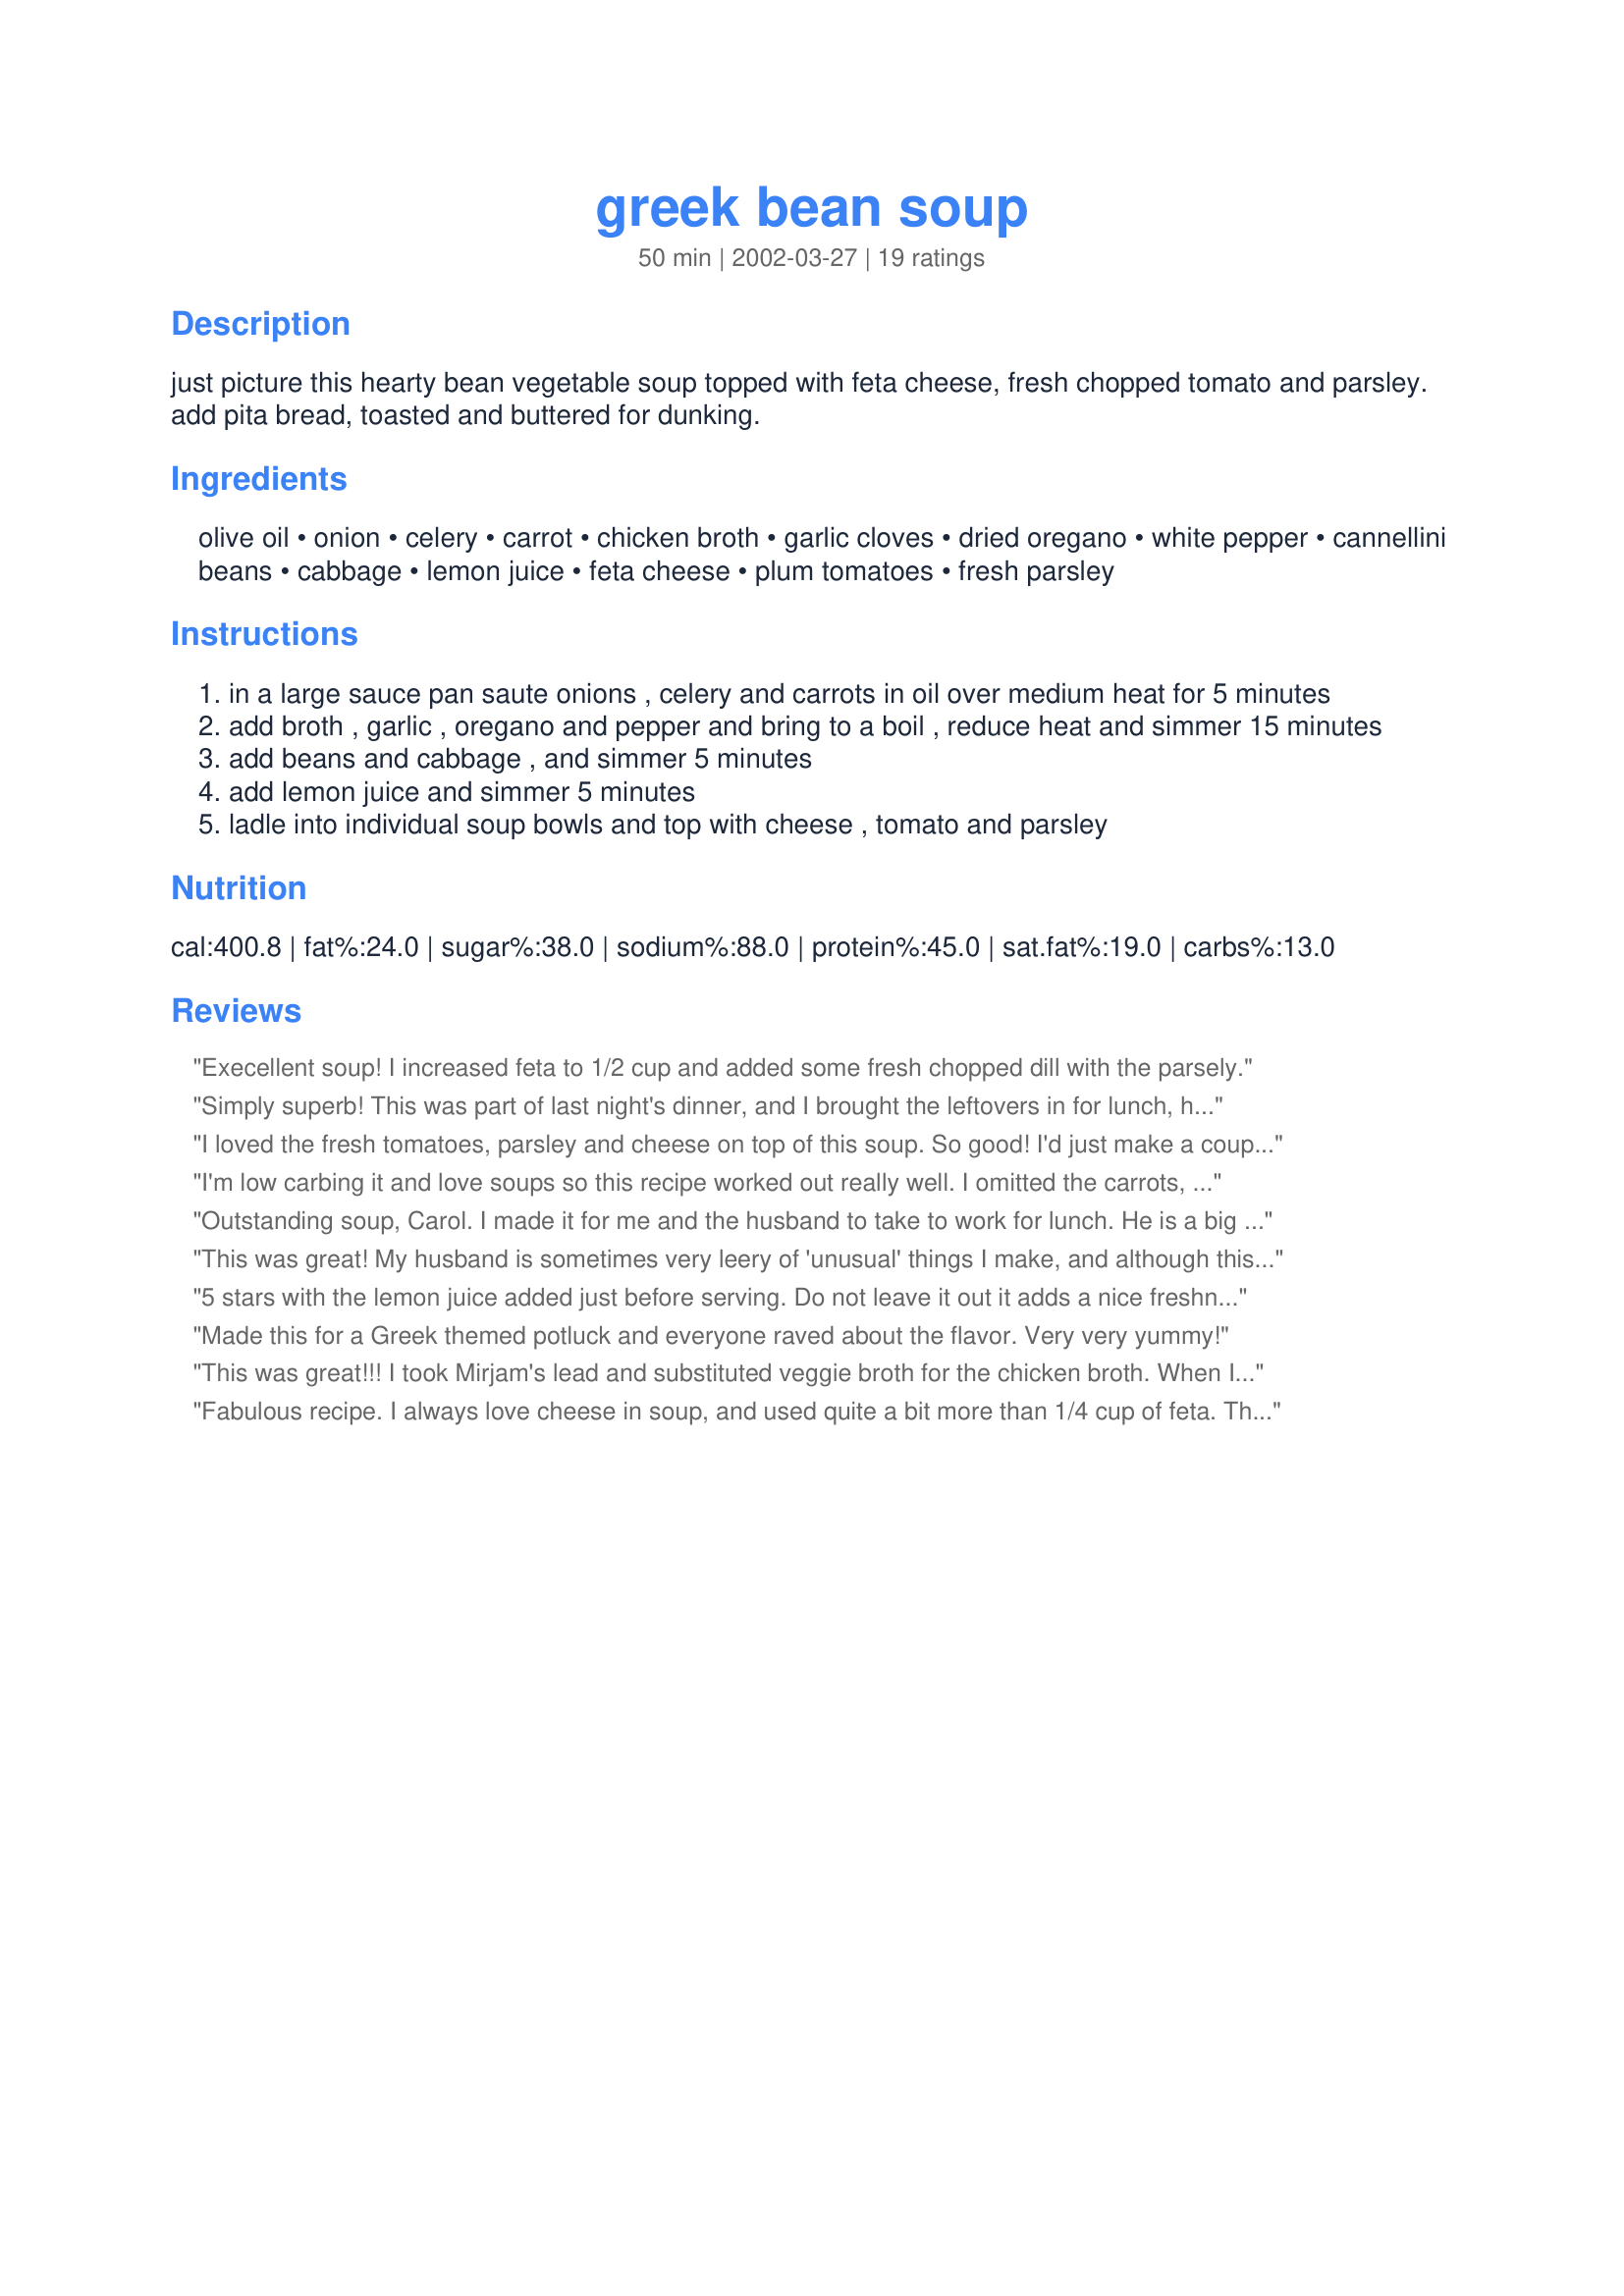
greek bean soup
Preparation time: 50 minutes

just picture this hearty bean vegetable soup topped with feta cheese, fresh chopped tomato and parsley. add pita bread, toasted and buttered for dunking.

Ingredients:
olive oil, onion, celery, carrot, chicken broth, garlic cloves, dried oregano, white pepper, cannellini beans, cabbage, lemon juice, feta cheese, plum tomatoes, fresh parsley

Steps:
in a large sauce pan saute onions , celery and carrots in oil over medium heat for 5 minutes
add broth , garlic , oregano and pepper and bring to a boil , reduce heat and simmer 15 minutes
add beans and cabbage , and simmer 5 minutes
add lemon juice and simmer 5 minutes
ladle into individual soup bowls and top with cheese , tomato and parsley

Reviews:
Execellent soup! I increased feta to 1/2 cup and added some fresh chopped dill with the parsely.
Simply superb! This was part of last night's dinner, and I brought the leftovers in for lunch, had to beat my co-workers off with a stick! I subbed veggie broth for the chicken broth to make it vegetarian, and added double the amount of feta cheese (the recipe calls for 1/4 for 4 people, I upped it to 1/2 a cup). Thanks Lorac, this a new one for my repetoire!
I loved the fresh tomatoes, parsley and cheese on top of this soup. So good! I'd just make a couple changes to the dish next time. I think I'd use two types of beans for a bit of variety, I might use a touch less broth as I found the soup slightly too thin for my taste and I would add the lemon juice right at the end. Otherwise you lose the flavour. Still, these are minor changes and overall the soup was very good on a cool autumn day. Thanks for posting it!
I'm low carbing it and love soups so this recipe worked out really well. I omitted the carrots, used 1 can great northern beans and 1 can light red kidney beans. I didn't have fresh tomato so I added, in step #3, 1 14oz can of diced tomatoes, drained. I topped with feta and parmesan, though I forgot the fresh parsley, which I even bought for this recipe. I ate this with some whole grain crackers. Thanks for posting, Lorac; this soup is really good!
Outstanding soup, Carol. I made it for me and the husband to take to work for lunch. He is a big fan of your recipes by the way. ;)
The seasonings were perfect and in good proportion. I would change absolutely nothing about this recipe. Very hearty, healthy, and filling. Thanks.
This was great! My husband is sometimes very leery of 'unusual' things I make, and although this is unique (not unusual) he LOVED it and thought it was great!
I also used the vegetable stock as an alternative.
Superb!
5 stars with the lemon juice added just before serving. Do not leave it out it adds a nice freshness. I substituted a lot in this because I was using what I had on hand. I had pre-cooked small red beans the day before so that is what I used. Next time I want to try white beans as I think it will be even better with them. I didn't have any cabbage and I had some cauliflour so I used that but next time I will use cabbage. I replaced the dried oregano with marjoram as I have read that is a substitute for oregano and I didn't have any. I used freshly ground black pepper instead of white. I mixed in a 1/2 cup homemade tomato sauce which did have some additional garlic (I saw Recipe #10885 uses sauce). I added a couple extra tbs olive oil. and garnished with fresh parsley. I would make this again.
Made this for a Greek themed potluck and everyone raved about the flavor. Very very yummy!
This was great!!! I took Mirjam's lead and substituted veggie broth for the chicken broth. When I ran out of feta cheese [the next day], I substituted parmesean, and it was equally as wonderful!! Thank you for an easy, quick, nutritious and delicious soup, it really hit the spot!!!
Fabulous recipe. I always love cheese in soup, and used quite a bit more than 1/4 cup of feta. The tomatoes and parsley add a nice, fresh taste. Thanks for posting.
This couldn't be better. I didn't make a single change and it came out perfectly.
AAAAAAHHHHHHHHH is all I can say with a big smile. This is a comforting soup and tastes delicious! My DH thoroughly enjoyed this and gave it 2 thumbs up! Then he smiled and said, "new recipe again." As it is lent I had to leave out the feta but after lent will make again just to get the full effect. It is fabulous without so I am drooling to taste with the feta. I took some into work as well and my co-workers asked for the recipe. I had already printed it out so several copies were passed along. DELICIOUS and thank you! (PS= great weight watchers soup/meal)
We loved it. Although I left out the lemon juice and feta. I added a pkg. of smoked swiss/cheddar cheese to it, and served with pita chips. VERY good, and will make again.
This was soooooooooooo good!!! Filling and it was only veggies! My DH thought he was eating greek chicken with how good the flavor was. I used veggie broth instead of chicken. I did up the amount of veggies and we don't like cabbage but I am so glad we added it in. It was the best veggie in the soup. So filling. Great for a cold winter night. The lemon added a brightness and I loved the feta in there. My picky 5 yr old asked for seconds and drank her bowl clean. We will so be making this again!! Thanks for an awesome recipe!!!!!
This is quite good! Makes a lot, but we didn't mind that! Needs a lot of tomato, parsley and feta to wake it up and next time I would add salt during cooking, despite the feta finish. Thanks for a healthy, hearty option!
This soup is no less than stunning-beautiful taste and presentation-My DH and I could not stop eating and raving, eating and raving-this will become a special staple, as it is simple for a weeknight AND company worthy. Thank you so much!
Can&#039;t wait to have this again. I made the soup as listed (cannellini beans) and served with toasted whole wheat pita and butter as suggested. They paired very well. This has such a strong lemon flavor. I thought it was perfect. My children thought it was too much lemon. Next time half the lemon will go in the soup and the other half will be on the side. That way everyone can tailor their own flavor. That being shared, there weren&#039;t any leftovers and I highly recommend this one.
I work at a greek restaurant and was planning on taking some in for the owner to try but there wasn't any leftovers! I guess he'll have to wait until the next time I make it which will be soon. Great soup. Thank you Lorac!
A very tasty & hearty soup! I used half a can of navy beans & half a can of black eyed peas (leftover from another recipe) with a can of black beans from the pantry. I didn't have any feta & didn't add the tomatoes - so I guess it wasn't really Greek!! Thanx Lorac!
